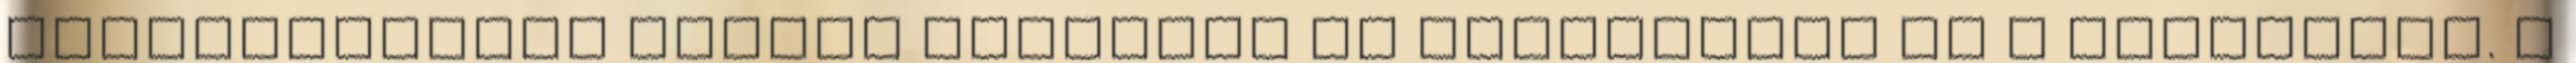
tojássárgáját simára kevertem az édesítővel és a tejföllel. A